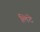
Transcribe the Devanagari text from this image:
लिटे